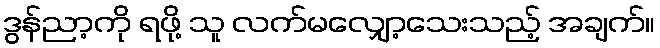
ဒွန်ညာ့ကို ရဖို့ သူ လက်မလျှော့သေးသည့် အချက်။